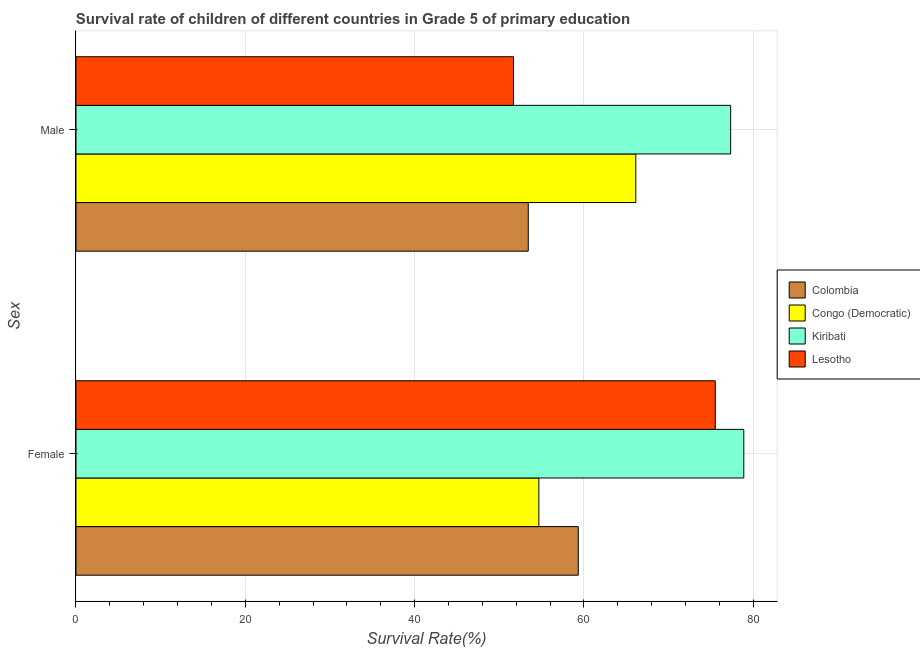
| Sex | Colombia | Congo (Democratic) | Kiribati | Lesotho |
 | --- | --- | --- | --- | --- |
 | Female | 59.3 | 54.7 | 78.9 | 75.5 |
 | Male | 53.4 | 66.1 | 77.3 | 51.7 |